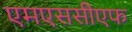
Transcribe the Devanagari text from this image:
एमएससीएफ